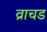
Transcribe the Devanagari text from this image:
व्राचड